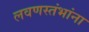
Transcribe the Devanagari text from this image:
लवणस्तंभांना